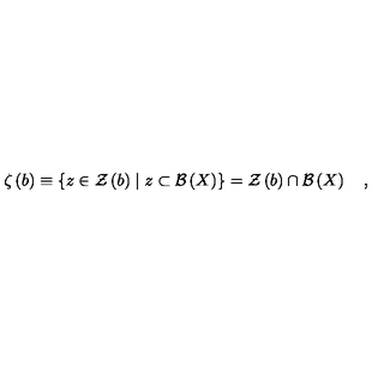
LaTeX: \zeta \left( b \right) \equiv \left\{ z \in { \cal Z } \left( b \right) \mid z \subset { \cal B } \left( X \right) \right\} = { \cal Z } \left( b \right) \cap { \cal B } \left( X \right) \quad ,